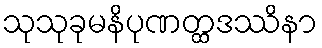
သုသုခုမနိပုဏတ္ထဒဿိနာ